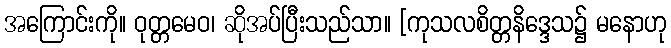
အကြောင်းကို။ ဝုတ္တမေဝ၊ ဆိုအပ်ပြီးသည်သာ။ [ကုသလစိတ္တနိဒ္ဒေသ၌ မနောဟု